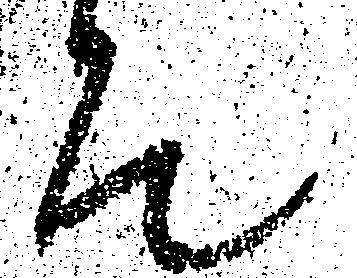
そ